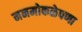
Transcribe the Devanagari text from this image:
मनमोकळेपणा